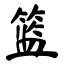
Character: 篮